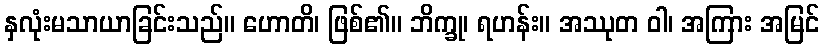
နှလုံးမသာယာခြင်းသည်။ ဟောတိ၊ ဖြစ်၏။ ဘိက္ခု၊ ရဟန်း။ အဿုတ ဝါ၊ အကြား အမြင်